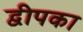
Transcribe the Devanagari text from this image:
द्वीपका